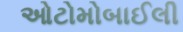
ઓટોમોબાઈલી